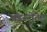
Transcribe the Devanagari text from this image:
अंडररोटेट